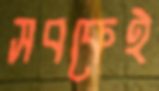
সবকেই